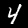
Digit: 4